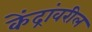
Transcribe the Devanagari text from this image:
केंद्रांवरील